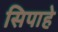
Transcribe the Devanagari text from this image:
सिपाहे